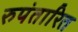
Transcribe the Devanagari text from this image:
रुपंतारित